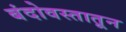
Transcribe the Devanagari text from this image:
बंदोवस्तातून